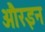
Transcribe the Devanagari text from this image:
औरइन